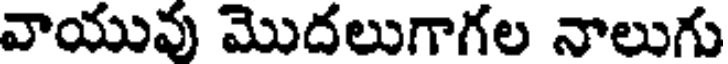
వాయువు మొదలుగాగల నాలుగు